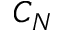
C _ { N }